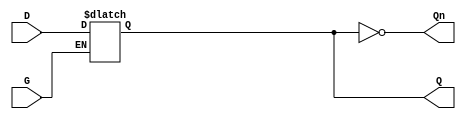
module gated_d_latch (
    input wire D,    // Data input
    input wire G,    // Gate (enable) input
    output reg Q,    // Output
    output wire Qn   // Complementary output
);

    // Complementary output
    assign Qn = ~Q;

    // Always block to model the behavior of the gated D latch
    always @(*) begin
        if (G) begin
            Q = D;  // When G is high, Q follows D
        end
        // When G is low, Q retains its previous value
    end

endmodule